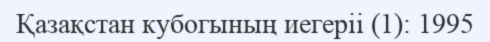
Қазақстан кубогының иегеріі (1): 1995